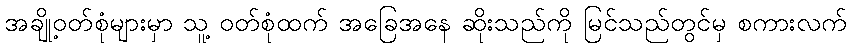
အချို့ဝတ်စုံများမှာ သူ့ ဝတ်စုံထက် အခြေအနေ ဆိုးသည်ကို မြင်သည်တွင်မှ စကားလက်